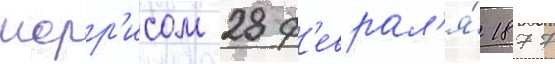
морр'исом 28 ф'еврал'я́ 1877